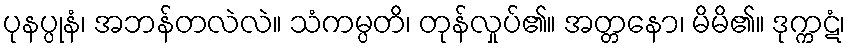
ပုနပ္ပုနံ၊ အဘန်တလဲလဲ။ သံကမ္ပတိ၊ တုန်လှုပ်၏။ အတ္တနော၊ မိမိ၏။ ဒုက္ကဋံ၊